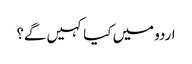
اردو میں کیا کہیں گے؟